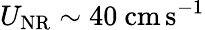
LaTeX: U_{\mathrm{NR}}\sim 40~\mathrm{cm\, s^{-1}}